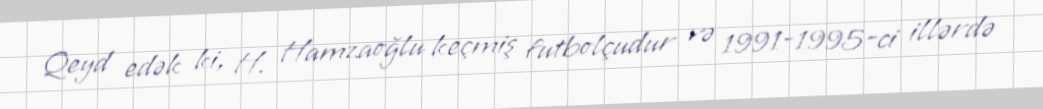
Qeyd edək ki, H. Hamzaoğlu keçmiş futbolçudur və 1991-1995-ci illərdə